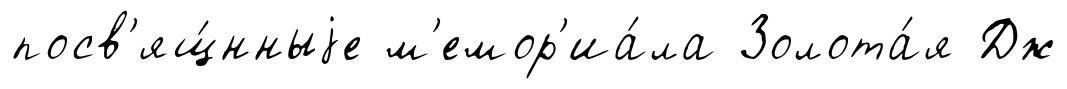
посв'ящ́нныjе м'емор'иа́ла Золота́я Дж